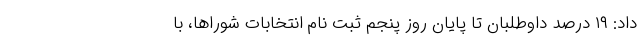
داد: ۱۹ درصد داوطلبان تا پایان روز پنجم ثبت نام انتخابات شوراها، با